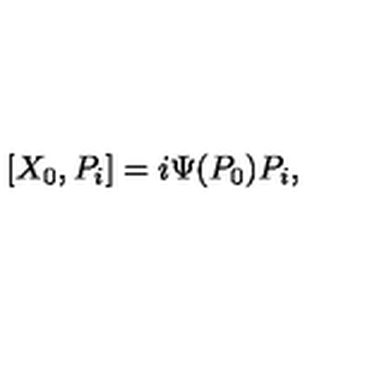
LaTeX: [ X _ { 0 } , P _ { i } ] = i \Psi ( P _ { 0 } ) P _ { i } ,